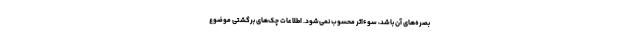
بصره‌های آن باشد، سوءاثر محسوب نمی‌شود. اطلاعات چک‌های برگشتی موضوع